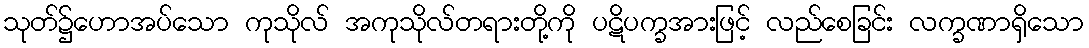
သုတ်၌ဟောအပ်သော ကုသိုလ် အကုသိုလ်တရားတို့ကို ပဋိပက္ခအားဖြင့် လည်စေခြင်း လက္ခဏာရှိသော